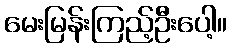
မေးမြန်းကြည့်ဦးပေါ့။